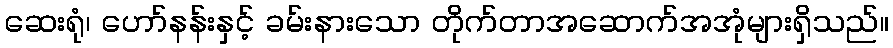
ဆေးရုံ၊ ဟော်နန်းနှင့် ခမ်းနားသော တိုက်တာအဆောက်အအုံများရှိသည်။